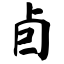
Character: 卣